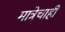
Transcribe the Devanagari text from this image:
मात्रेचाही